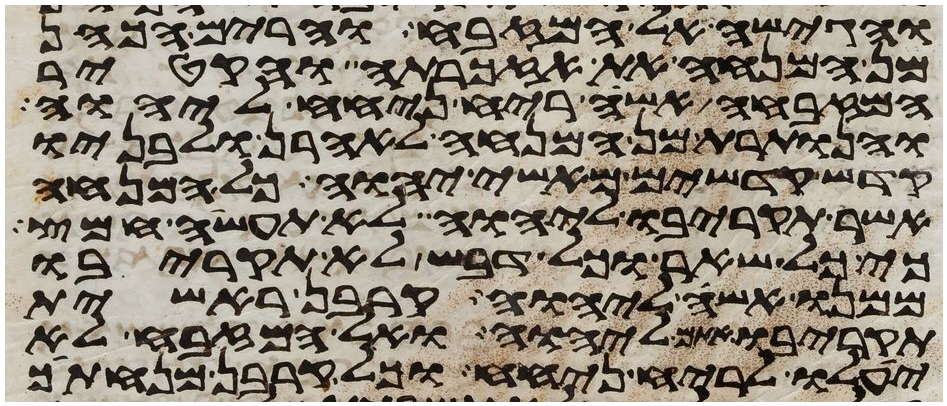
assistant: והגישה אל המזבח והרים הכהן
מן המנחה את אזכרתה והקטיר
המזבחה אשה ריח ניחח ליהוה
והנותרת מן המנחה לאהרן ולבניו
קדש קדשים מאשי יהוה כל המנחה
אשר תקריבו ליהוה לא תעשה חמץ
כי כל שאר וכל דבש לא תקריבו
ממנו אשה ליהוה קרבן ראשית
תקריבו אתם ליהוה ואל המזבח לא
יעלו לריח ניחח וכל קרבן מנחתך